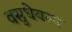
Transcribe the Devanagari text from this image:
वसुधेयस्य